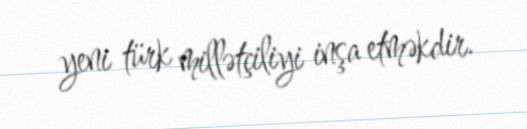
yeni türk millətçiliyi inşa etməkdir.